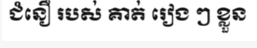
ជំនឿ របស់ គាត់ រៀង ៗ ខ្លួន